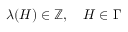
\lambda ( H ) \in \mathbb { Z } , \quad H \in \Gamma